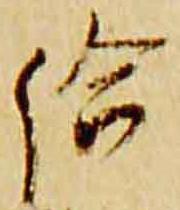
給